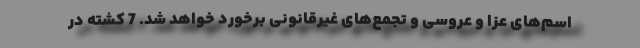
اسم‌های عزا و عروسی و تجمع‌های غیرقانونی برخورد خواهد شد. 7 کشته در